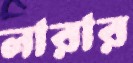
লারার